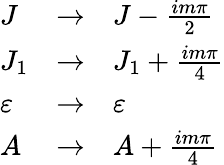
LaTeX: \begin{array}{lll}{{J}}&{{\rightarrow}}&{{J-{\frac{im\pi}{2}}}}\\ {{J_{1}}}&{{\rightarrow}}&{{J_{1}+{\frac{im\pi}{4}}}}\\ {{\varepsilon}}&{{\rightarrow}}&{{\varepsilon}}\\ {{A}}&{{\rightarrow}}&{{A+{\frac{im\pi}{4}}}}\end{array}